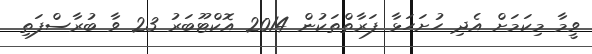
ވީމާ މިކަމަށް އެދި ހުށަހަޅާ ފަރާތްތަކުން 2014 އޮކްޓޫބަރު 23 ވާ ބުރާސްފަތި